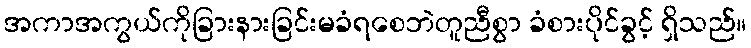
အကာအကွယ်ကိုခြားနားခြင်းမခံရစေဘဲတူညီစွာ ခံစားပိုင်ခွင့် ရှိသည်။